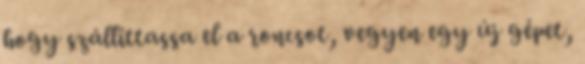
hogy szállíttassa el a roncsot, vegyen egy új gépet,